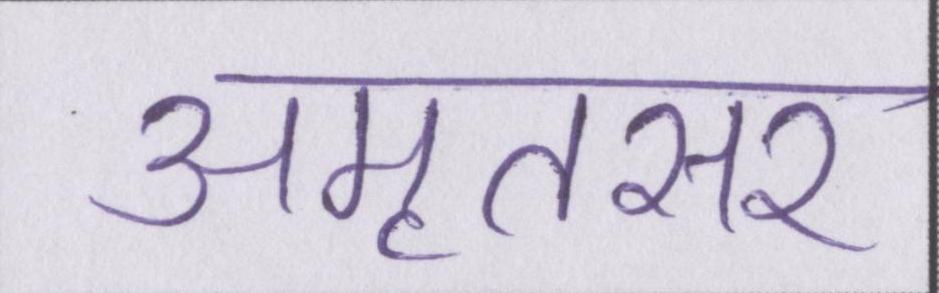
अमृतसर